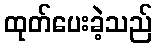
ထုတ်ပေးခဲ့သည်